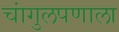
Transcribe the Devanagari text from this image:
चांगुलपणाला